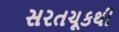
સરતચૂકથી